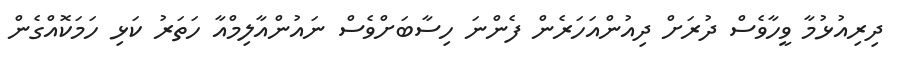
ދިރިއުޅުމާ ވީހާވެސް ދުރަށް ދިއުންއަހަރެން ފެންނަ ހިސާބަށްވެސް ނައުންއާލިމްއާ ހަތަރު ކަޅި ހަމަކޮއްގެން